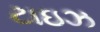
ટાઇઝ